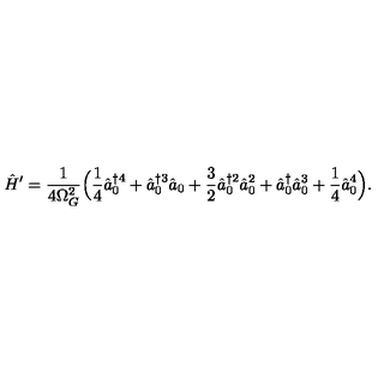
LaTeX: \hat { H } ^ { \prime } = \frac { 1 } { 4 \Omega _ { G } ^ { 2 } } \Bigl ( \frac { 1 } { 4 } \hat { a } _ { 0 } ^ { \dagger 4 } + \hat { a } _ { 0 } ^ { \dagger 3 } \hat { a } _ { 0 } + \frac { 3 } { 2 } \hat { a } _ { 0 } ^ { \dagger 2 } \hat { a } _ { 0 } ^ { 2 } + \hat { a } _ { 0 } ^ { \dagger } \hat { a } _ { 0 } ^ { 3 } + \frac { 1 } { 4 } \hat { a } _ { 0 } ^ { 4 } \Bigr ) .